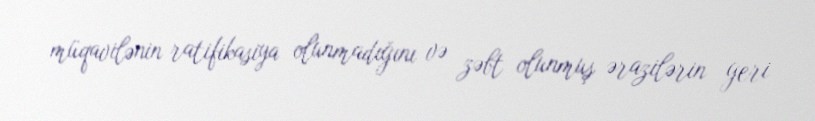
müqavilənin ratifikasiya olunmadığını və zəbt olunmuş ərazilərin geri